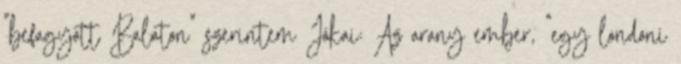
"befagyott Balaton" szerintem Jókai: Az arany ember, "egy londoni